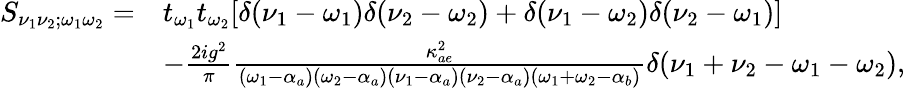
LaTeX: \begin{array}{rl}{S_{\nu_{1}\nu_{2};\omega_{1}\omega_{2}}=}&{t_{\omega_{1}}t_{\omega_{2}}[\delta(\nu_{1}-\omega_{1})\delta(\nu_{2}-\omega_{2})+\delta(\nu_{1}-\omega_{2})\delta(\nu_{2}-\omega_{1})]}\\ &{-\frac{2ig^{2}}{\pi}\frac{\kappa_{ae}^{2}}{(\omega_{1}-\alpha_{a})(\omega_{2}-\alpha_{a})(\nu_{1}-\alpha_{a})(\nu_{2}-\alpha_{a})(\omega_{1}+\omega_{2}-\alpha_{b})}\delta(\nu_{1}+\nu_{2}-\omega_{1}-\omega_{2}),}\end{array}